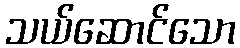
သယ်ဆောင်သော